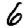
Digit: 6